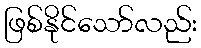
ဖြစ်နိုင်သော်လည်း